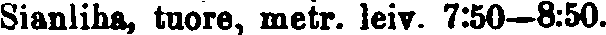
Sianliha, tuore, metr. leiv. 7:50—8:50.